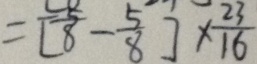
= [ \frac { 5 } { 8 } - \frac { 5 } { 8 } ] \times \frac { 2 3 } { 1 6 }